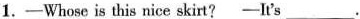
1.—— Whose is this nice skirt? —— It's ___ .